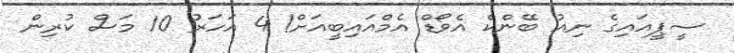
ސީޕީއައިގެ ނިއު ބޭންކް އެވޯޑް އެމްއައިބީއަށް! 4 އަހަރު 10 މަސް ކުރިން